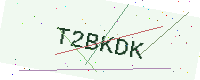
Text: T2BKDK